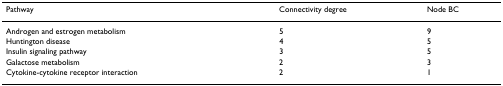
<table><thead><tr><td><b>Pathway</b></td><td><b>Connectivity degree</b></td><td><b>Node BC</b></td></tr></thead><tbody><tr><td>Androgen and estrogen metabolism</td><td>5</td><td>9</td></tr><tr><td>Huntington disease</td><td>4</td><td>5</td></tr><tr><td>Insulin signaling pathway</td><td>3</td><td>5</td></tr><tr><td>Galactose metabolism</td><td>2</td><td>3</td></tr><tr><td>Cytokine-cytokine receptor interaction</td><td>2</td><td>1</td></tr></tbody></table>